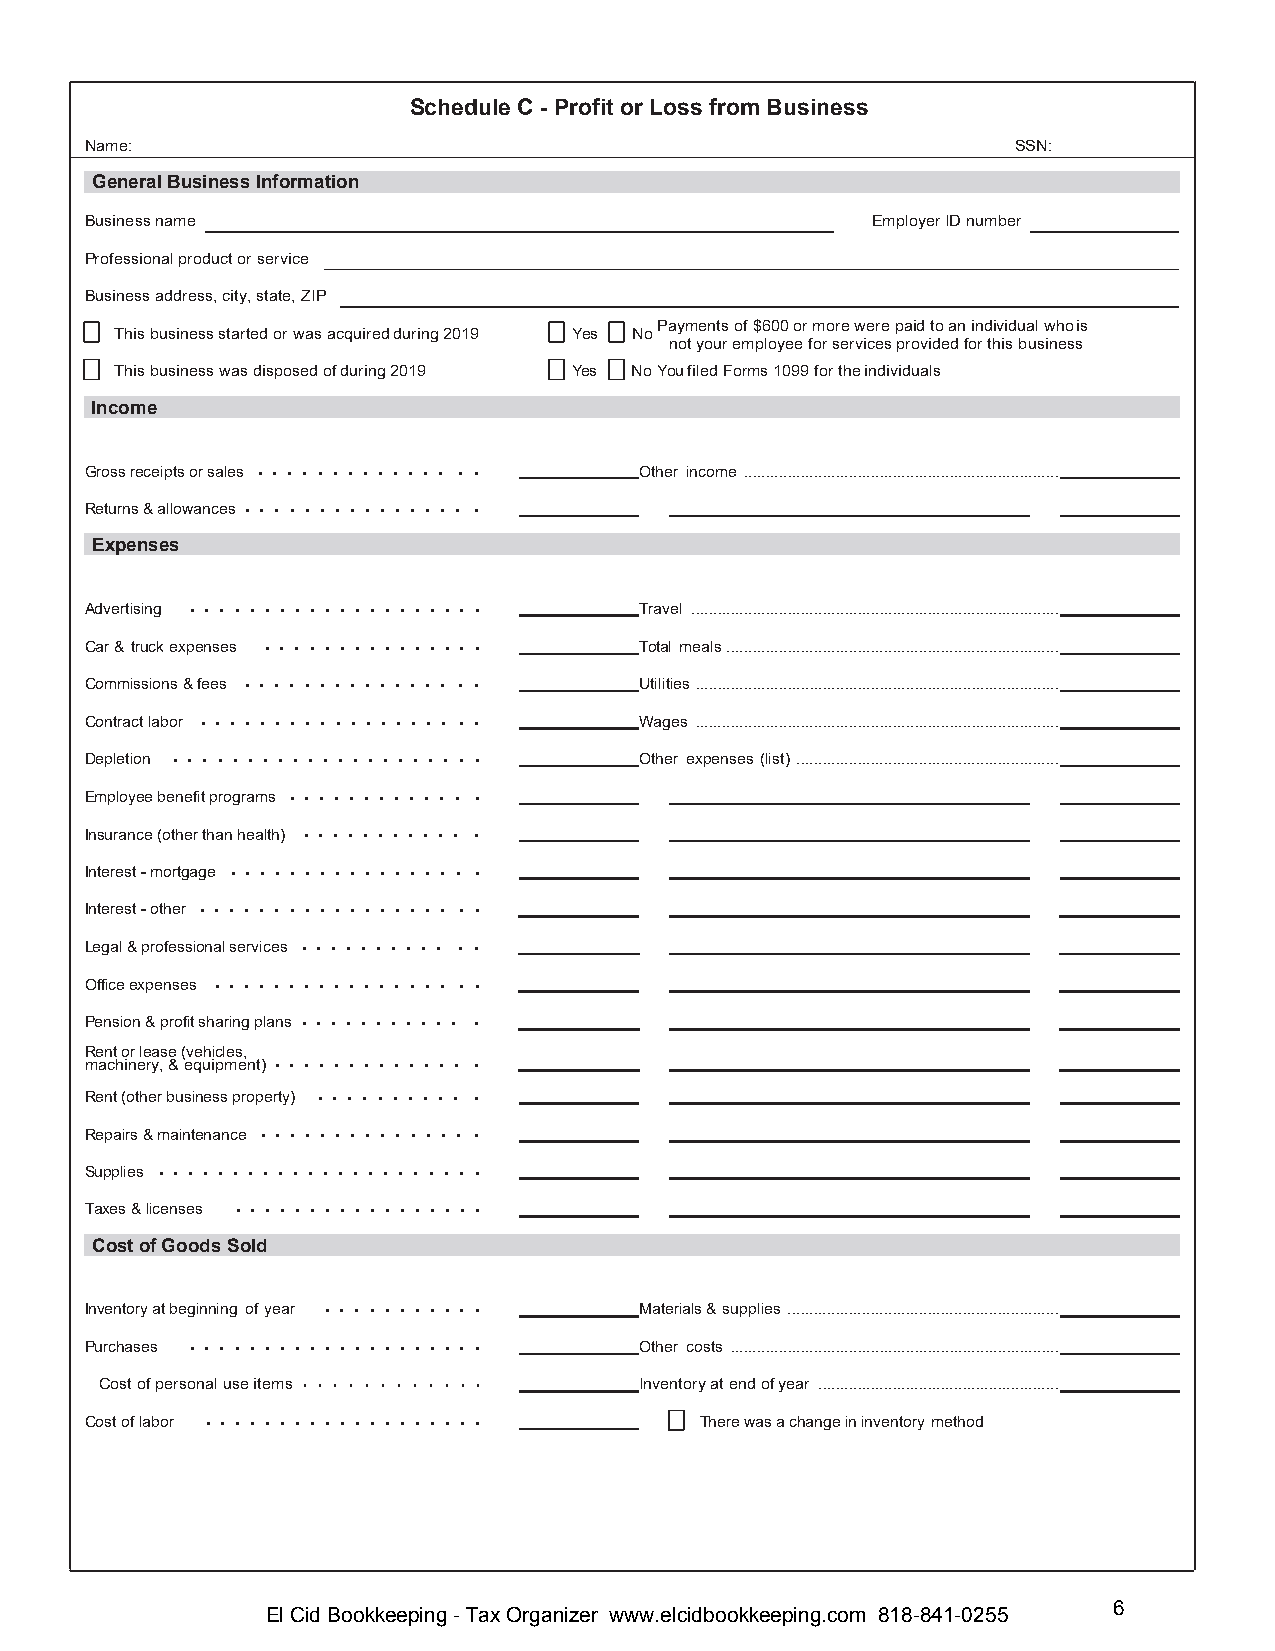
Schedule C - Profit or Loss from Business
 Name:                                                        SSN:
 General Business Information
 Business name                                       Employer ID number
 Professional product or service
 Business address, city, state, ZIP
 Payments of $600 or more were paid to an individual who is
 This business started or was acquired during 2019 Yes No
 not your employee for services provided for this business
 This business was disposed of during 2019 Yes No You filed Forms 1099 for the individuals
 Income
 . . . . . . . . . . . . . . .
 Gross receipts or sales             Other income ........................................................................
 . . . . . . . . . . . . . . . .
 Returns & allowances
 Expenses
 . . . . . . . . . . . . . . . . . . . .
 Advertising                         Travel ....................................................................................
 . . . . . . . . . . . . . . .
 Car & truck expenses                Total meals ............................................................................
 . . . . . . . . . . . . . . . .
 Commissions & fees                  Utilities ...................................................................................
 . . . . . . . . . . . . . . . . . . .
 Contract labor                      Wages ...................................................................................
 . . . . . . . . . . . . . . . . . . . . .
 Depletion                           Other expenses (list) ............................................................
 . . . . . . . . . . . . .
 Employee benefit programs
 . . . . . . . . . . . .
 Insurance (other than health)
 . . . . . . . . . . . . . . . . .
 Interest - mortgage
 . . . . . . . . . . . . . . . . . . .
 Interest - other
 . . . . . . . . . . . .
 Legal & professional services
 . . . . . . . . . . . . . . . . . .
 Office expenses
 . . . . . . . . . . . .
 Pension & profit sharing plans
 Rent or lease (vehicles, . . . . . . . . . . . . . .
 machinery, & equipment)
 . . . . . . . . . . .
 Rent (other business property)
 . . . . . . . . . . . . . . .
 Repairs & maintenance
 . . . . . . . . . . . . . . . . . . . . . .
 Supplies
 . . . . . . . . . . . . . . . . .
 Taxes & licenses
 Cost of Goods Sold
 . . . . . . . . . . .
 Inventory at beginning of year      Materials & supplies ..............................................................
 . . . . . . . . . . . . . . . . . . . .
 Purchases                           Other costs ...........................................................................
 . . . . . . . . . . . .
 Cost of personal use items         Inventory at end of year .......................................................
 . . . . . . . . . . . . . . . . . . .
 Cost of labor                           There was a change in inventory method
 6
 El Cid Bookkeeping - Tax Organizer www.elcidbookkeeping.com 818-841-0255